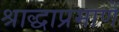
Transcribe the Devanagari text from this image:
श्राद्धाप्रमाणें